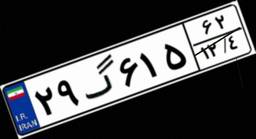
۶۸گ۴۳۱۳۸